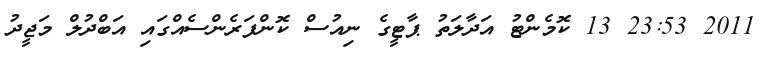
2011 23:53 13 ކޮމެންޓު އަދާލަތު ޕާޓީގެ ނިއުސް ކޮންފަރެންސެއްގައި އަބްދުލް މަޖީދު